Burma Government Medical School reports 1907-22
Year: 1907
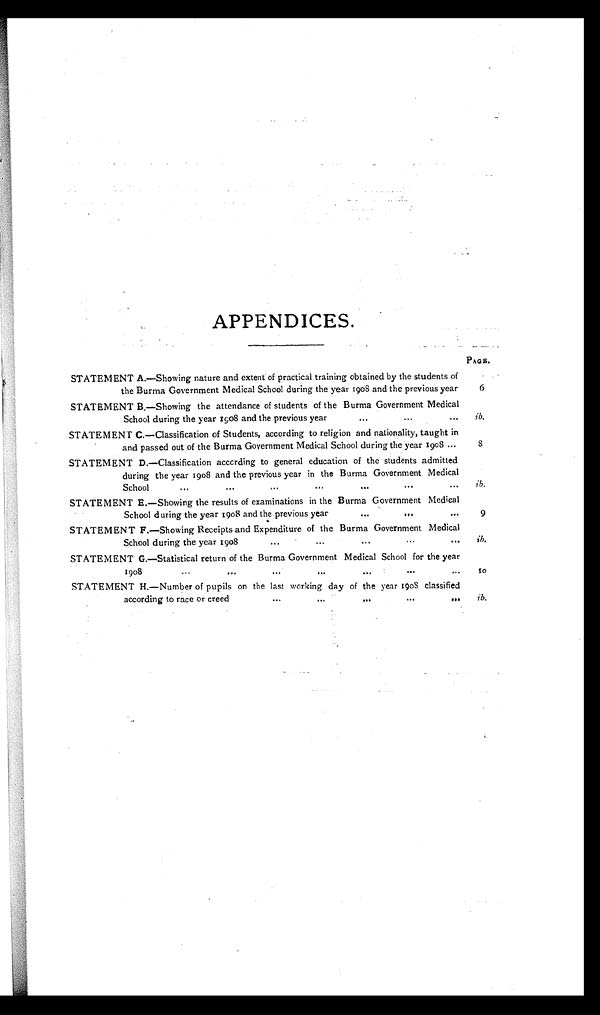
PAGE.
6
8
9
ib.
10
APPENDICES.
STATEMENT A.—Showing nature and extent of practical training obtained by the students of
the Burma Government Medical School during the year 1908 and the previous year
STATEMENT B.—Showing the attendance of students of the Burma Government Medical
School during the year 1908 and the previous year
. . . . . . . . .
STATEMENT C.—Classification of Students, according to religion and nationality, taught in
and passed out of the Burma Government Medical School during the year 1908 ...
STATEMENT D.—Classification according to general education of the students admitted
during the year 1908 and the previous year in the Burma Government Medical
School . . . . . . . . . . . . . . . . . . . . .
STATEMENT E.—Showing the results of examinations in the Burma Government Medical
School during the year 1908 and the previous year ... ... ...
.
STATEMENT F.—Showing Receipts and Expenditure of the Burma Government Medical
School during the year 1908 ... ... ... ... ...
STATEMENT G.—Statistical return of the Burma Government Medical School for the year
1908 ... ... ... ... ... ... ...
STATEMENT H.—Number of pupils on the last working day of the year 1908 classified
according to race or creed ... ... ... ... ...